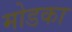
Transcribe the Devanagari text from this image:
मोडका